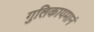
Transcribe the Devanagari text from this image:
गुलिकायमानं